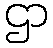
ဌာ